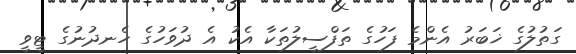
ގަތުލުގެ ޚަބަރު އެންމެ ފަހުގެ ތަފްސީލުތަކާ އެކު އެ ދުވަހުގެ ހެނދުނުގެ ޓީވީ